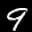
Label: 9